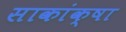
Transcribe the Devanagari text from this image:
साकांक्षा